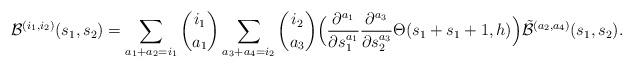
LaTeX: \begin{align*} \mathcal{B}^{(i_1,i_2)} (s_1,s_2) = \sum_{a_1+a_2=i_1} \binom{i_1}{a_1} \sum_{a_3+a_4=i_2} \binom{i_2}{a_3} \Big( \frac{ \partial^{a_1} }{ \partial s_{1}^{a_1} } \frac{ \partial^{a_3}}{\partial s_{2}^{a_3}} \Theta(s_1+s_1+1,h) \Big) \tilde{\mathcal{B}}^{(a_2,a_4)} (s_1,s_2). \end{align*}